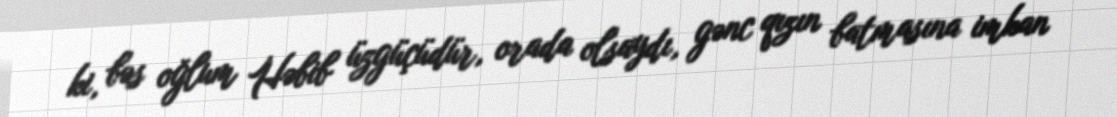
ki, bəs oğlum Həbib üzgüçüdür, orada olsaydı, gənc qızın batmasına imkan